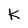
Character: k